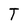
Character: T